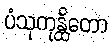
ပံသုကုန္ထိတော